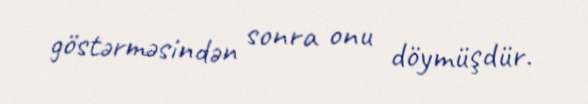
göstərməsindən sonra onu döymüşdür.